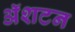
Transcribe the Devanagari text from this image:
ॲशटन